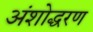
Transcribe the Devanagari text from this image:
अंशोद्धरण